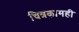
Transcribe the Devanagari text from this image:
चित्रकामही